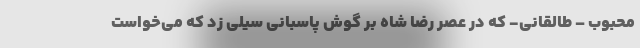
محبوب – طالقانی- که در عصر رضا شاه بر گوش پاسبانی سیلی زد که می‌خواست